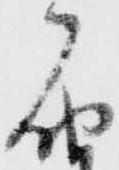
届